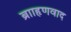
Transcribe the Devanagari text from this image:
ब्रााहृणवाद